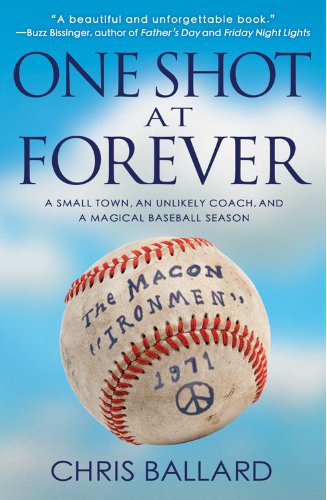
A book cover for One Shot at Forever: A Small Town, an Unlikely Coach, and a Magical Baseball SeasonÂ ; Chris Ballard; Biographies & Memoirs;